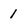
Character: 1